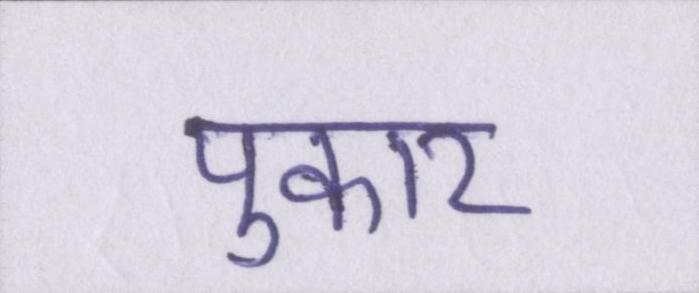
पुकार